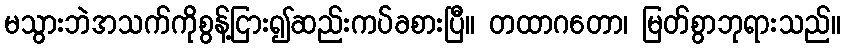
မသွားဘဲအသက်ကိုစွန့်ငြား၍ဆည်းကပ်ခစားပြီ။ တထာဂတော၊ မြတ်စွာဘုရားသည်။